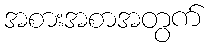
အစားအစာအတွက်